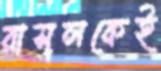
রাসূলকেই